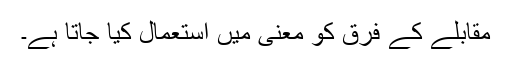
مقابلے کے فرق کو معنی میں استعمال کیا جاتا ہے۔